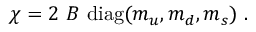
\chi = 2 \ B \ \mathrm { d i a g } ( m _ { u } , m _ { d } , m _ { s } ) \ .